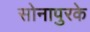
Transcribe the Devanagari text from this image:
सोनापुरके